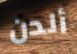
ألدن